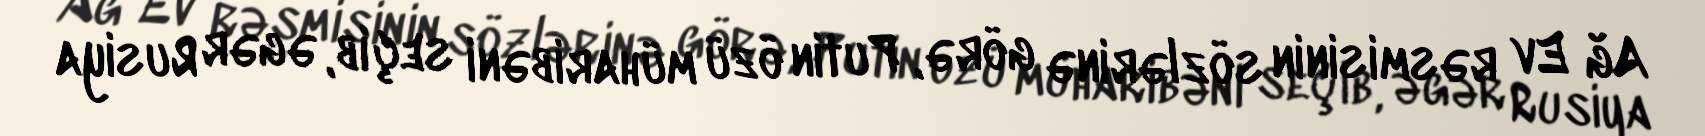
Ağ Ev rəsmisinin sözlərinə görə, Putin özü müharibəni seçib, əgər Rusiya